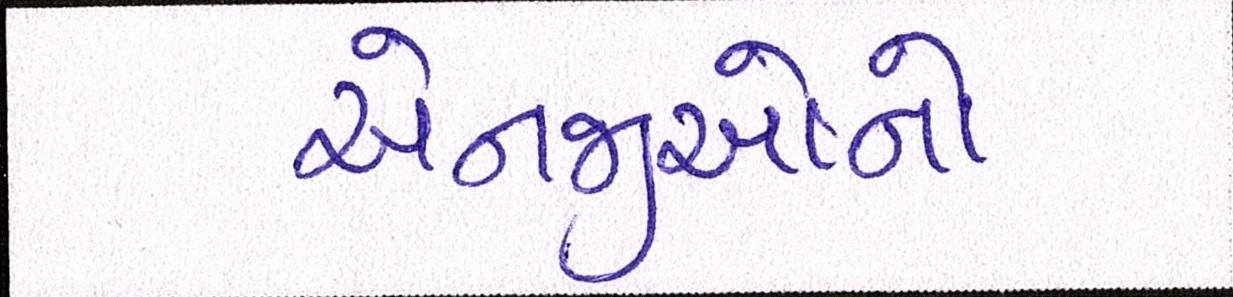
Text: એનજીઓનો